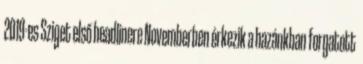
2019-es Sziget első headlinere Novemberben érkezik a hazánkban forgatott